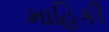
માહિકી